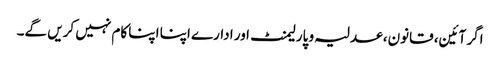
اگر آئین، قانون، عدلیہ و پارلیمنٹ ا ور ادارے اپنا اپنا کام نہیں کریں گے۔